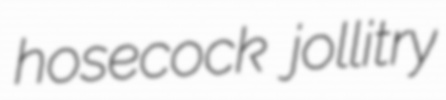
hosecock jollitry